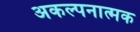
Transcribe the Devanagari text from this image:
अकल्पनात्मक